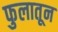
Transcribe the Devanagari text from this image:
फुलातून